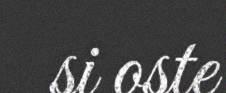
si oste